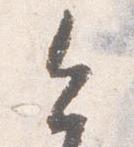
今